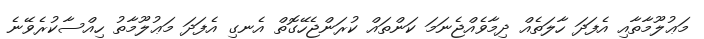
މަޢުލޫމާތާއި އެފަދަ ހާލަތެއް ދިމާވެއްޖެނަމަ ކަންތައް ކުރަންޖެހޭގޮތް އެނގި އެފަދަ މަޢުލޫމާތު ހިއްސާކުރެވޭނެ